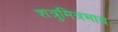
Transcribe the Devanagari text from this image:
शत्रुमित्रभाव